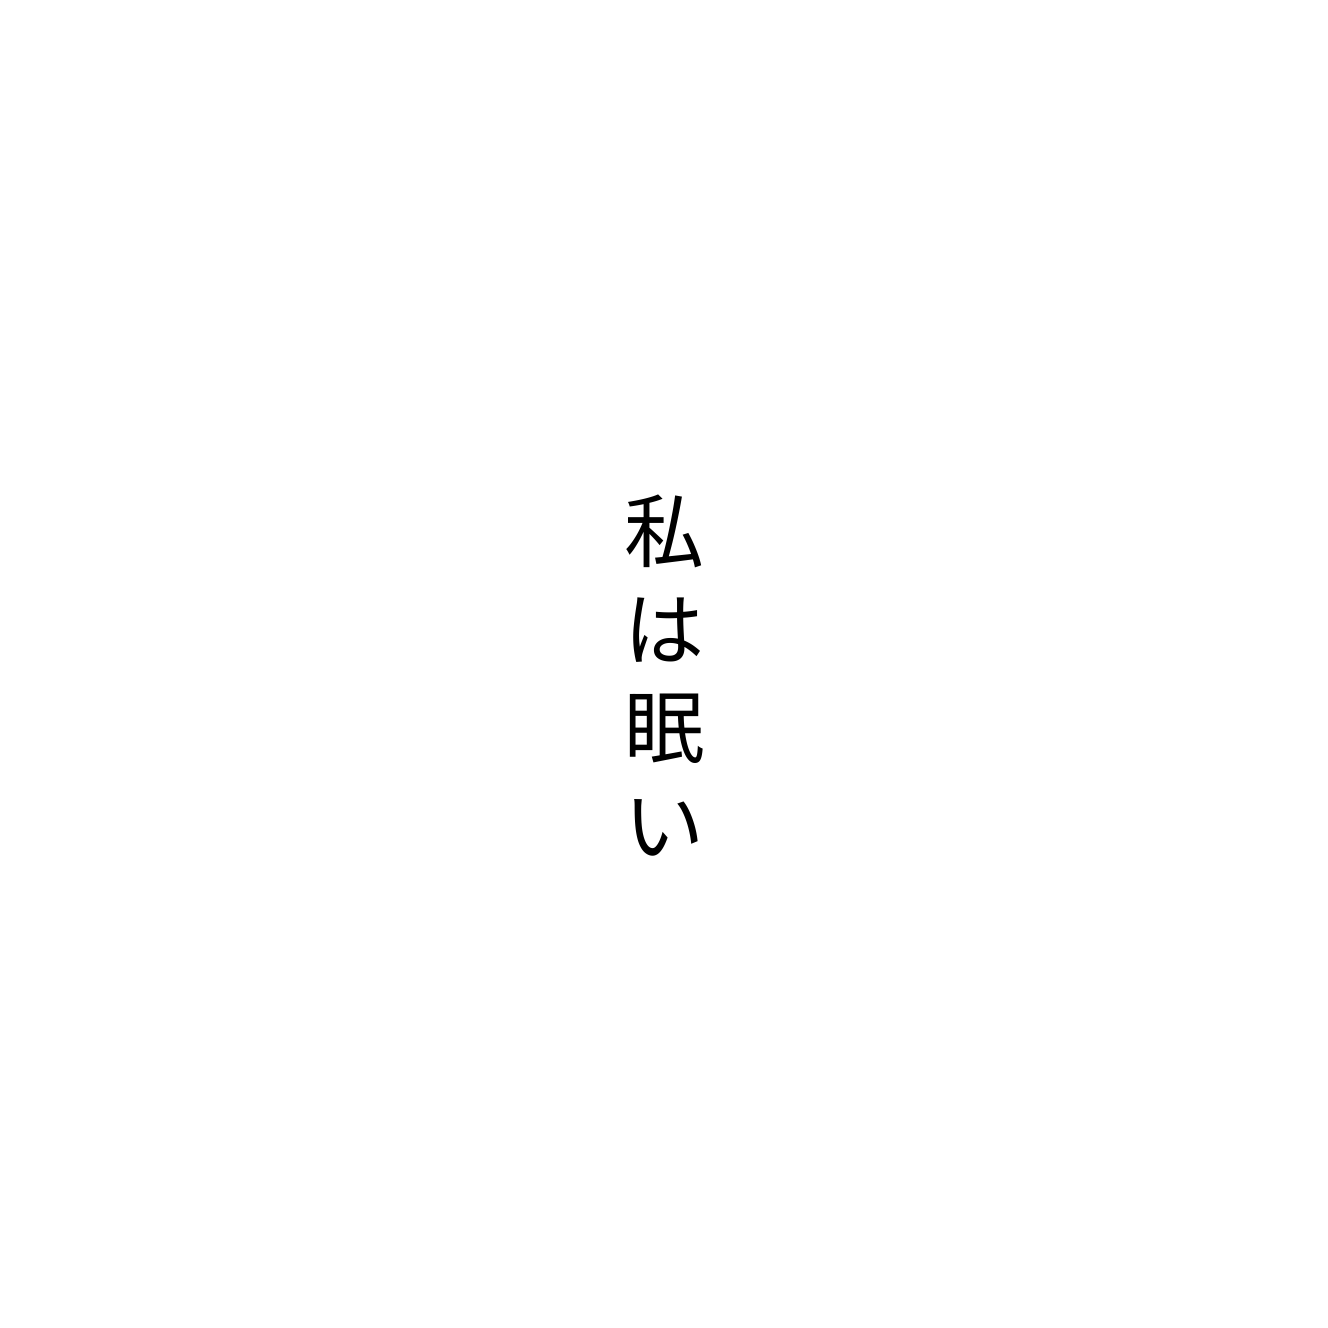
私は眠い